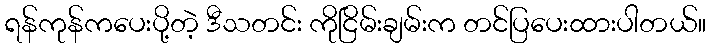
ရန်ကုန်ကပေးပို့တဲ့ ဒီသတင်း ကိုငြိမ်းချမ်းက တင်ပြပေးထားပါတယ်။